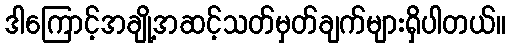
ဒါကြောင့်အချို့အဆင့်သတ်မှတ်ချက်များရှိပါတယ်။